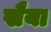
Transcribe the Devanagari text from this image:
खैया